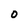
Character: O